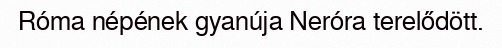
Róma népének gyanúja Neróra terelődött.